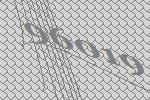
96019